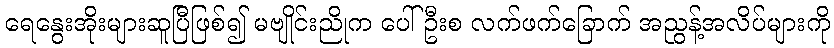
ရေနွေးအိုးများဆူပြီဖြစ်၍ မဗျိုင်းညိုက ပေါ်ဦးစ လက်ဖက်ခြောက် အညွန့်အလိပ်များကို